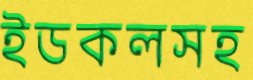
ইডকলসহ